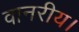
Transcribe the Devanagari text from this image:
वानरीय।